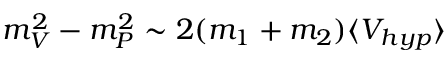
m _ { V } ^ { 2 } - m _ { P } ^ { 2 } \sim 2 ( m _ { 1 } + m _ { 2 } ) \langle V _ { h y p } \rangle